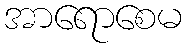
အာရောစေမ